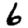
Digit: 6